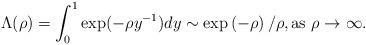
LaTeX: \begin{align*} \Lambda(\rho) = \int_0^1 \exp(-\rho y^{-1}) dy \sim \exp\left(-\rho\right)/\rho, \textrm{as } \rho\to\infty.\end{align*}